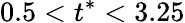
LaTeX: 0.5<t^{*}<3.25